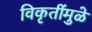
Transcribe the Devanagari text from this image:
विकृतींमुळे